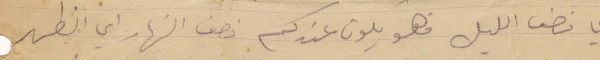
أي نصف الليل فهو يكون عندكم نصف النهار أي الظهر